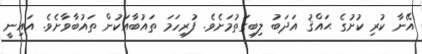
އޭނާ ކުރި ކުށުގެ ޙައްޤު އަދަބު ލިބިގަތުމަށެވެ. ފުރިހަމަ ތައުބާއަކުން ތައުބާވާށެވެ. އައިނީ